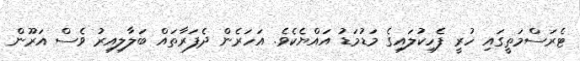
ޓެރަސްމަތީގައި ހުރީ ފެހިކުލައިގެ މަޑުމަޑު އައްޔެކެވެ. އަހަރެން ދެފަރާތައް ބަލާލިއިރު ވެސް އަރޫން